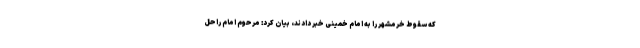
که سقوط خرمشهر را به امام خمینی خبر دادند، بیان کرد: مرحوم امام راحل